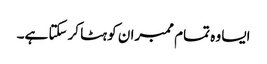
ایسا وہ تمام ممبران کو ہٹا کرسکتا ہے۔